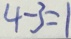
4 - 3 = 1